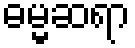
ဓမ္မဆရာ